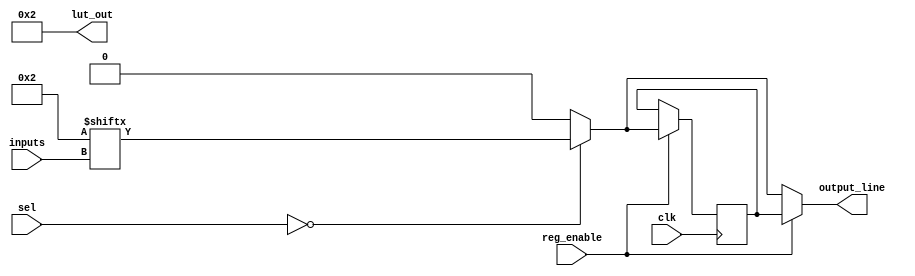
module CLB (
    input  wire [3:0]  inputs,       // Input lines
    input  wire [1:0]  sel,          // MUX select lines
    input  wire        clk,           // Clock for optional registers
    input  wire        reg_enable,    // Register enable signal
    output wire        output_line,   // Output line
    output wire [3:0] lut_out         // LUT output for debugging
);

// Look-Up Table (LUT) - 4-input, 16 possible combinations
reg [15:0] lut_memory; // Configuration memory for LUT
wire lut_result;

// Initialize LUT with a specific function (example: AND function)
initial begin
    lut_memory = 16'b0000000000000000; // Example: All outputs low
    // Set specific function values here
    // Example: 0001 for inputs 0001, outputs 1
    lut_memory[1] = 1'b1; // LUT entry for 0001
end

// LUT logic
assign lut_result = lut_memory[inputs];

// MUX to select between LUT output and a constant value (for example)
wire mux_out;
assign mux_out = (sel == 2'b00) ? lut_result : 1'b0; // Select LUT output or constant 0

// Optional Register
reg reg_out;
always @(posedge clk) begin
    if (reg_enable) begin
        reg_out <= mux_out; // Store MUX output in register
    end
end

// Output assignment
assign output_line = reg_enable ? reg_out : mux_out; // Output from register or MUX
assign lut_out = lut_memory; // Output LUT memory for debugging

endmodule